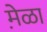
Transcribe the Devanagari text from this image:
मे़ळा